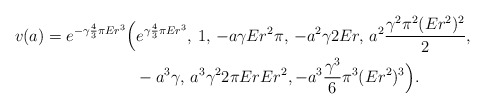
\begin{align*} v(a)=e^{-\gamma \frac{4}{3}\pi E r^3} &\Big(e^{\gamma \frac{4}{3}\pi E r^3},\, 1,\, -a \gamma Er^2 \pi ,\, -a^2 \gamma 2 Er ,\, a^2\frac{\gamma^2\pi^2 (Er^2)^2}{2},\\&\;\; -a^3\gamma ,\, a^3 \gamma^2 2\pi E r Er^2,-a^3 \frac{\gamma^3 }{6} \pi^3 (E r^2)^3 \Big).\end{align*}